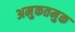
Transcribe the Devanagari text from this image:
अमुकतमुक